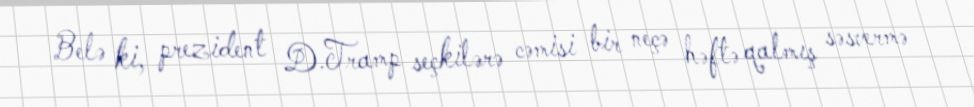
Belə ki, prezident D.Tramp seçkilərə cəmisi bir neçə həftə qalmış səsvermə